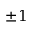
\pm 1